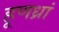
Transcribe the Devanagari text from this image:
हूणध्रां